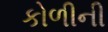
કોળીની